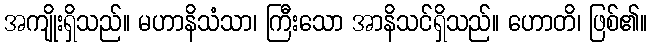
အကျိုးရှိသည်။ မဟာနိသံသာ၊ ကြီးသော အာနိသင်ရှိသည်။ ဟောတိ၊ ဖြစ်၏။